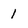
Character: 1